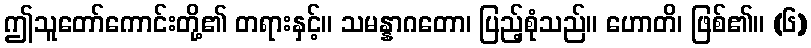
ဤသူတော်ကောင်းတို့၏ တရားနှင့်။ သမန္နာဂတော၊ ပြည့်စုံသည်။ ဟောတိ၊ ဖြစ်၏။ (၆)